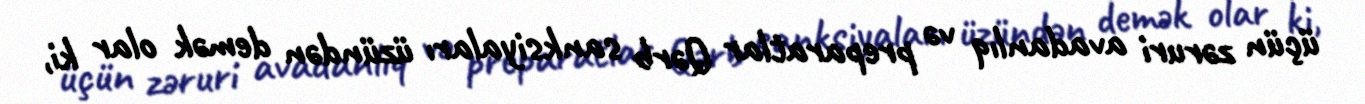
üçün zəruri avadanlıq və preparatlar Qərb sanksiyaları üzündən demək olar ki,